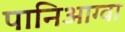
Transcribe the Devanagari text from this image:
पानिआग्वा